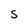
Character: S